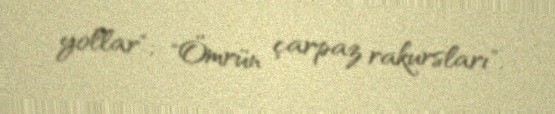
yollar"; "Ömrün çarpaz rakursları".